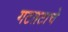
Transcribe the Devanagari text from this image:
गटतटाचे